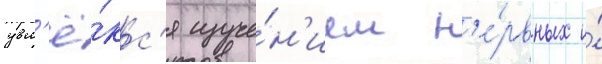
увл'ё́кс'я изуче́н'ием н'е́рвных и́